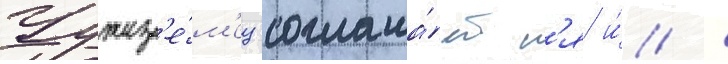
Чужез'е́м'ец соглаша́етс'я и́ /